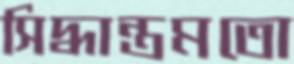
সিদ্ধান্তমতো